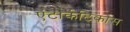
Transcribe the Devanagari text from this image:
एंटार्कटिकोस